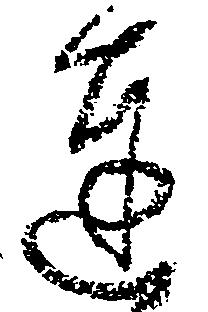
達